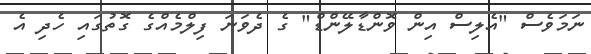
ނަމަވެސް "އެލިސް އިން ވޮންޑާލޭންޑް" ގެ ދެވަނަ ފިލްމެއްގެ ގޮތުގައި ހެދި އެ